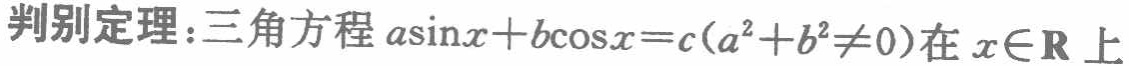
判别定理：三角方程\(a\sin x + b\cos x = c(a^{2}+b^{2}\neq0)\)在\(x\in\mathbf{R}\)上